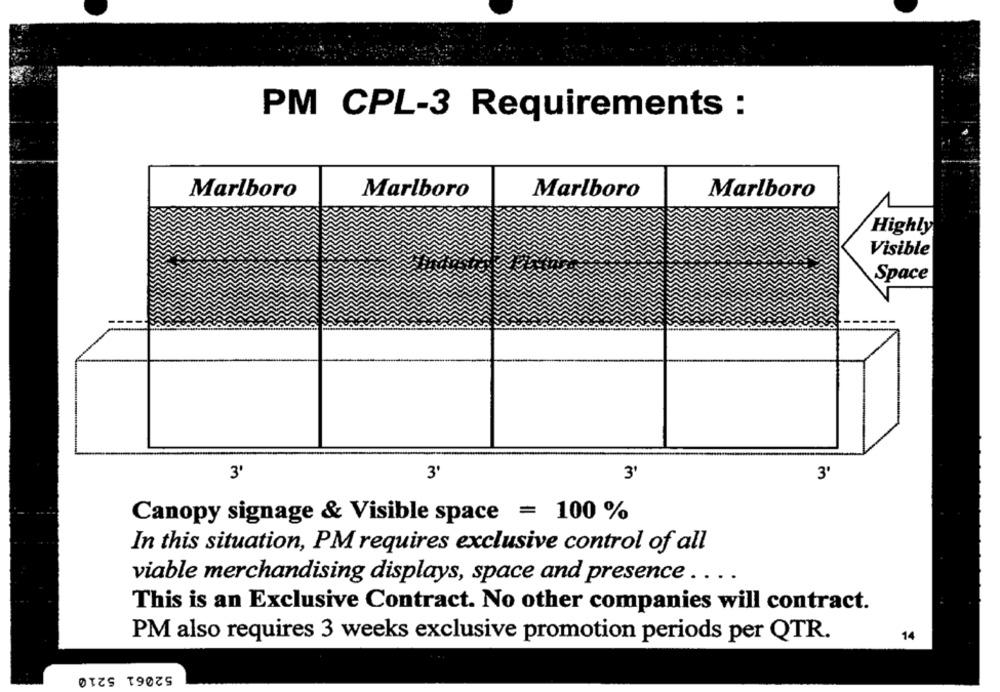
PM CPL-3 Requirements :
Marlboro
Marlboro
Marlboro
Marlboro
Highly
Visible
Space
3
3
3'
3'
Canopy signage & Visible space = 100 %
In this situation, PM requires exclusive control of all
viable merchandising displays, space and presence . ...
This is an Exclusive Contract. No other companies will contract.
14
PM also requires 3 weeks exclusive promotion periods per QTR.
52061 5210